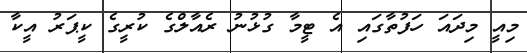
މިއީ މިދައަ ހަފުތާގައި އެ ޓީމާ ގުޅުނު ރެއާލްގެ ކުރީގެ ކީޕަރު އީކާ